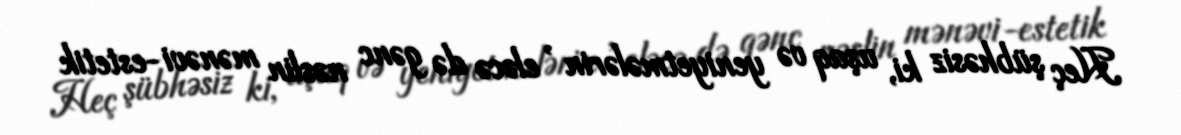
Heç şübhəsiz ki, uşaq və yeniyetmələrin , eləcə də gənc nəslin mənəvi-estetik